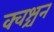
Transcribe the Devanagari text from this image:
क्वश्चन